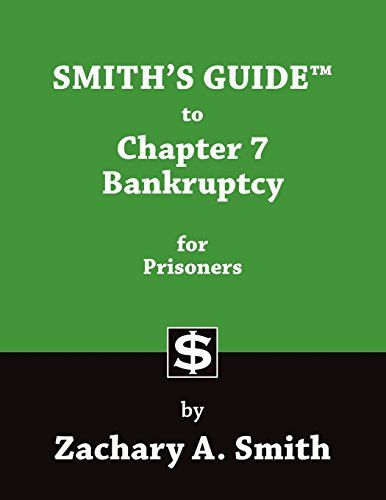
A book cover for Smith's Guide to Chapter 7 Bankruptcy for Prisoners; Zachary A. Smith; Law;